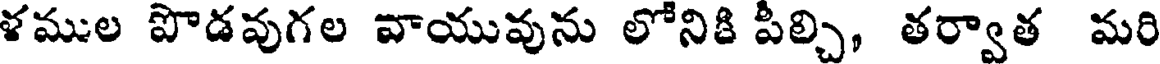
ళముల పొడవుగల వాయువును లోనికి పీల్చి, తర్వాత మరి